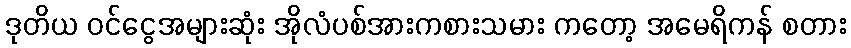
ဒုတိယ ဝင်ငွေအများဆုံး အိုလံပစ်အားကစားသမား ကတော့ အမေရိကန် စတား